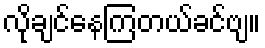
လိုချင်နေကြတယ်ခင်ဗျ။